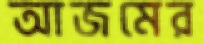
আজমের